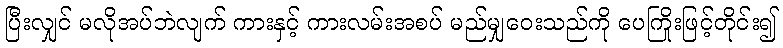
ပြီးလျှင် မလိုအပ်ဘဲလျက် ကားနှင့် ကားလမ်းအစပ် မည်မျှဝေးသည်ကို ပေကြိုးဖြင့်တိုင်း၍